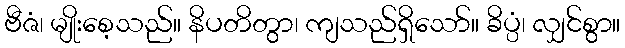
ဗီဇံ၊ မျိုးစေ့သည်။ နိပတိတွာ၊ ကျသည်ရှိသော်။ ခိပ္ပံ၊ လျှင်စွာ။